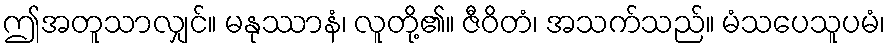
ဤအတူသာလျှင်။ မနုဿာနံ၊ လူတို့၏။ ဇီဝိတံ၊ အသက်သည်။ မံသပေသူပမံ၊